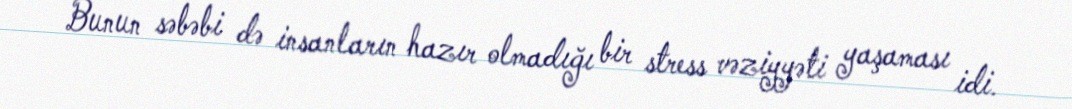
Bunun səbəbi də insanların hazır olmadığı bir stress vəziyyəti yaşaması idi.